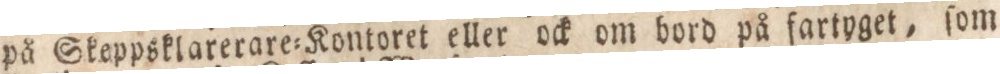
på Skeppsklarerare=Kontoret eller ock om bord på fartyget, ſom